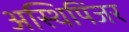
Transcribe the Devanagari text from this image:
अस्थिपिंजर